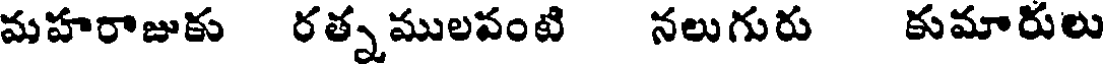
మహరాజుకు రత్నములవంటి నలుగురు కుమారులు